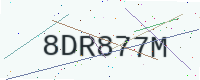
Text: 8DR877M